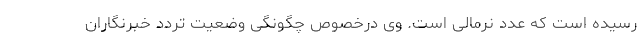
رسیده است که عدد نرمالی است. وی درخصوص چگونگی وضعیت تردد خبرنگاران